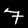
Label: 7